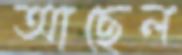
আছেল